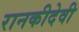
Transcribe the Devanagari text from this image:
रानकीदेवी